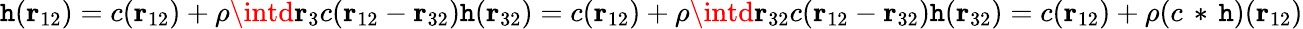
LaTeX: \mathtt{h}(\mathbf{{r}}_{12})=c(\mathbf{{r}}_{12})+\rho\intd\mathbf{{r}}_{3}c(\mathbf{{r}}_{12}-\mathbf{{r}}_{32})\mathtt{h}(\mathbf{{r}}_{32})=c(\mathbf{{r}}_{12})+\rho\intd\mathbf{{r}}_{32}c(\mathbf{{r}}_{12}-\mathbf{{r}}_{32})\mathtt{h}(\mathbf{{r}}_{32})=c(\mathbf{{r}}_{12})+\rho(c\, *\, \mathtt{h})(\mathbf{{r}}_{12})